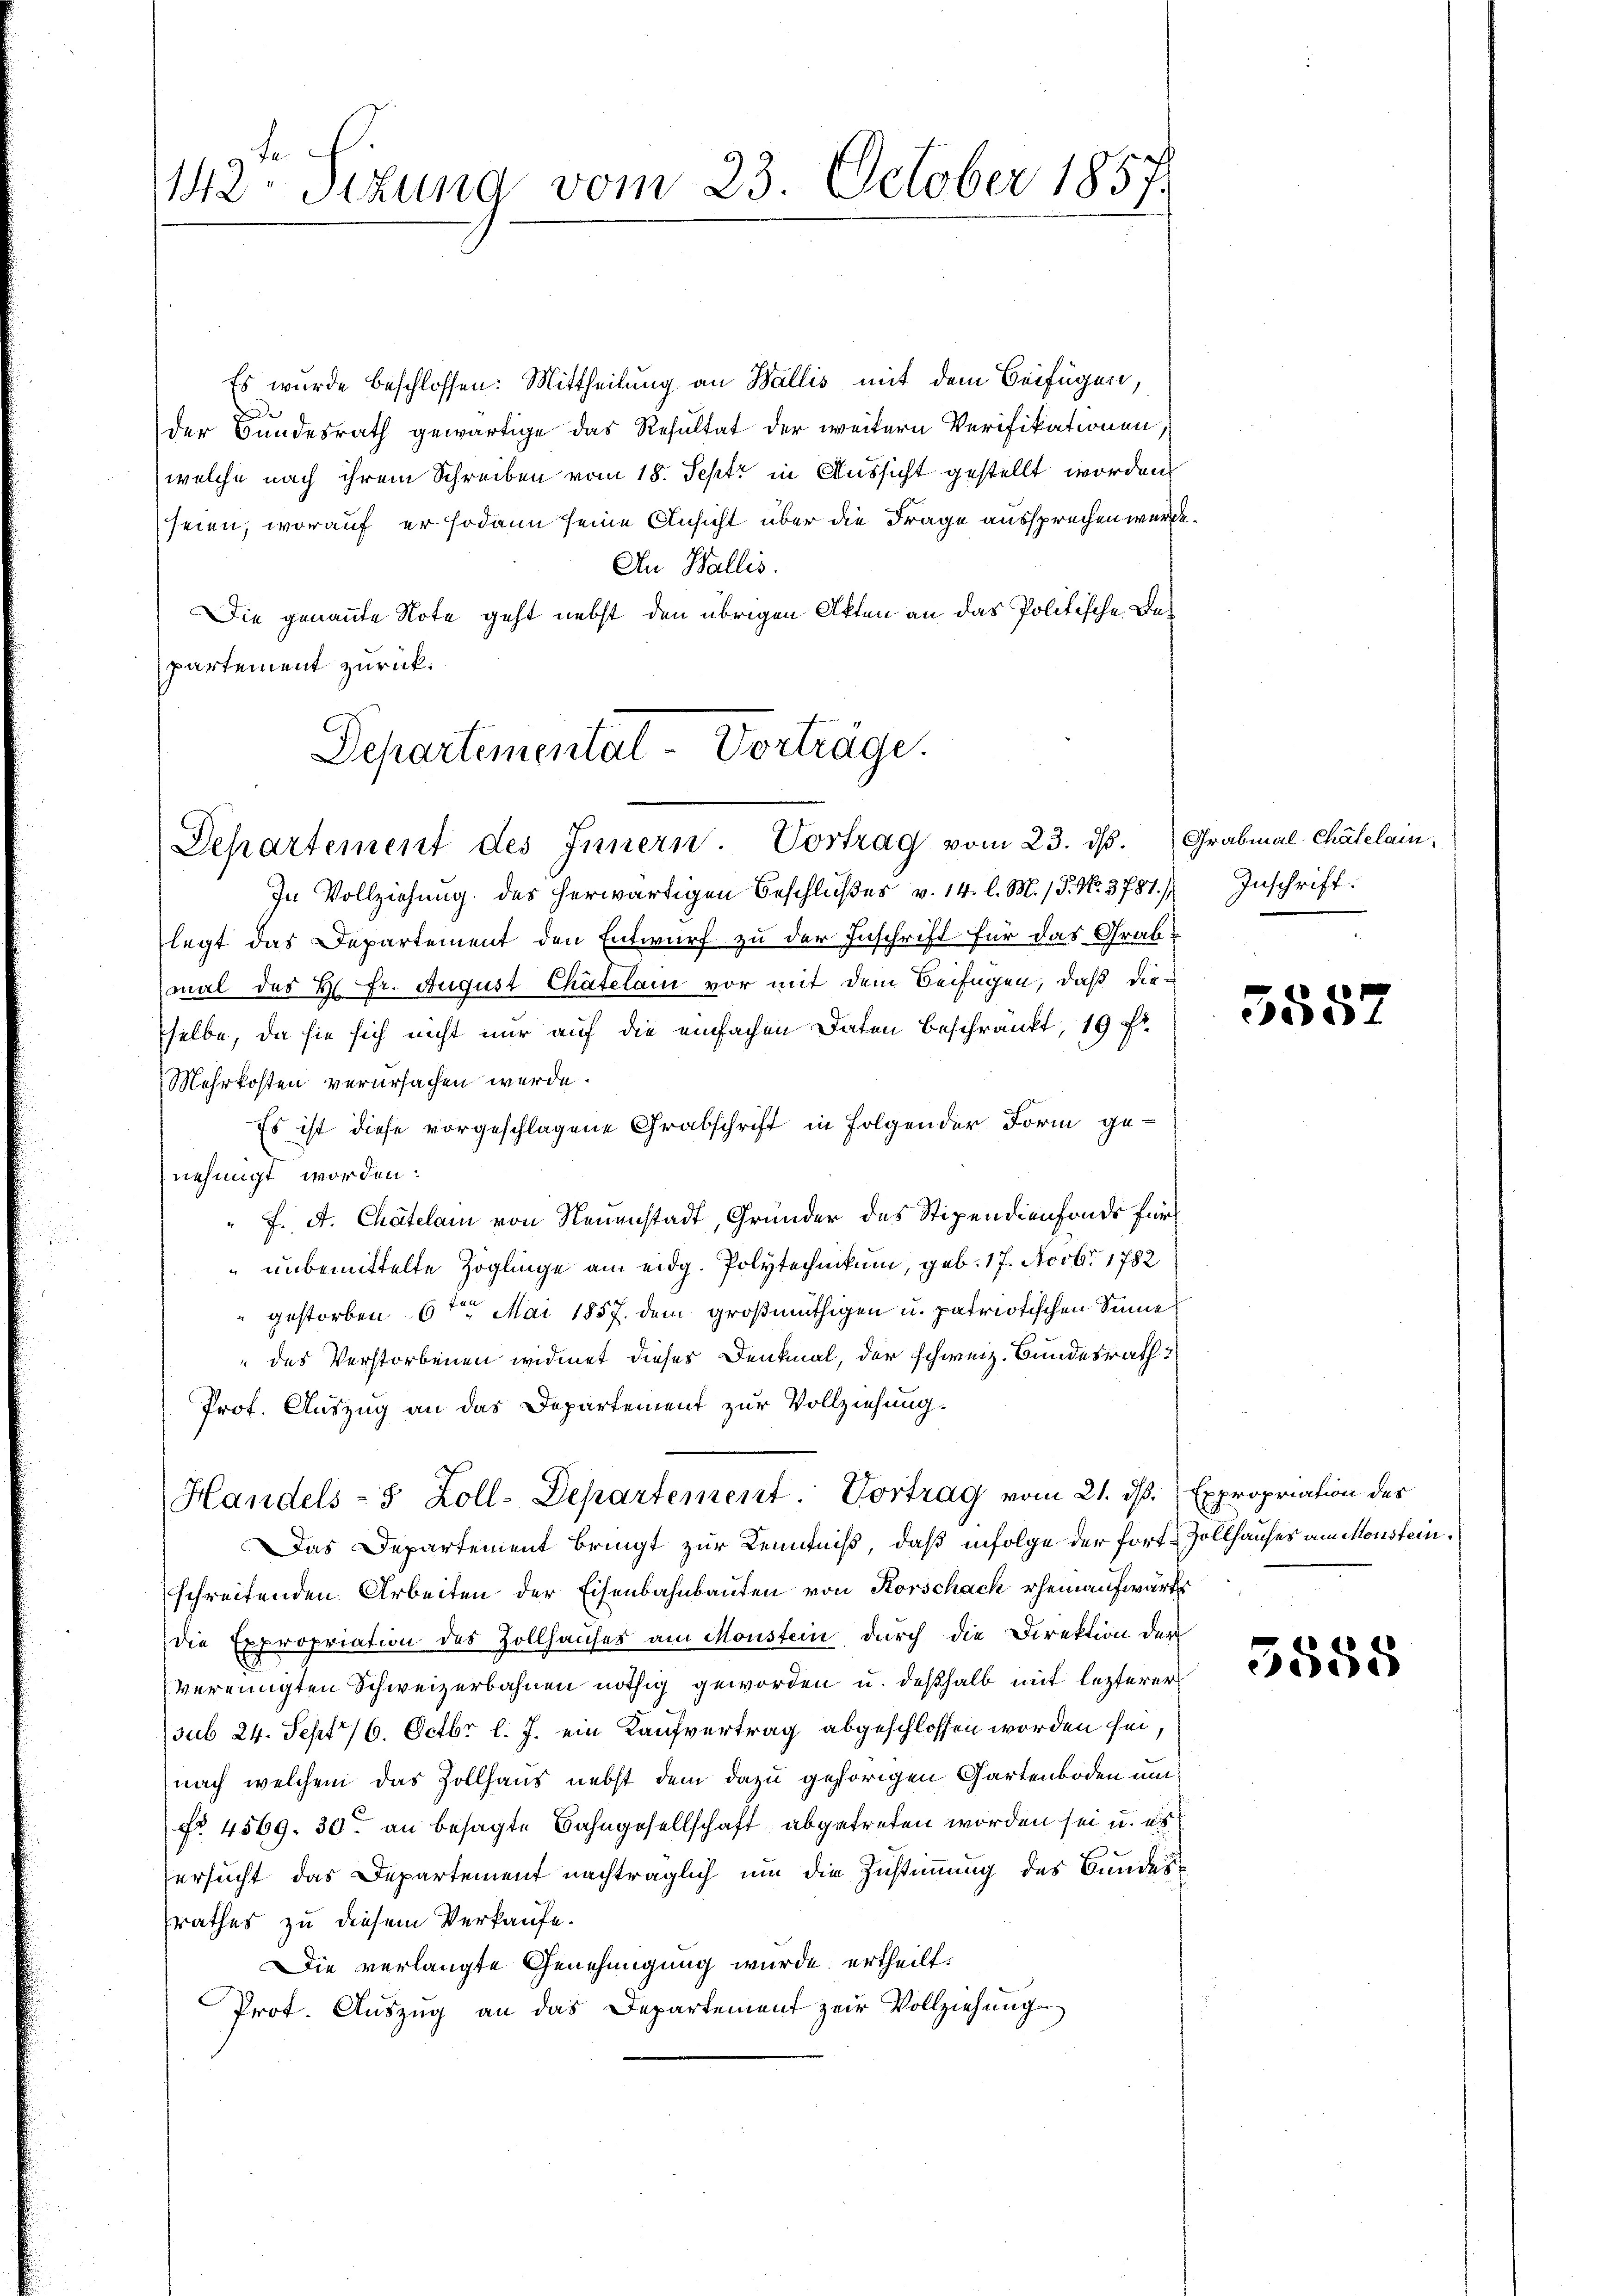
142. Situng vom 23. October 1857.

Es wurde beschlossen: Mittheilung an Wallis mit dem Beifügen,
d
der Bundesrath gewärtige das Resultat der weitern Verifikationen
welche nach ihrem Schreiben vom 18. Sept in Aussicht gestellt worden
seien, worauf er sodann seine Ansicht über die Frage aussprechen würde.
An Wallis.
Die genannte Note geht nebst den übrigen Akten an das Politische Departement zurück.
Departemental-Vorträge.

Departement des Innern. Vortrag vom 23. ds. Grabmal Chatelam

In Vollziehung des herwärtigen Beschlußes v. 14. l. M. P. No. 3787.)
legt das Departement den Entwurf zu der Inschrift für das Grabmal des H. Fr. August Chatelam vor mit dem Beifügen, daß dieselbe, da sie sich nicht nur auf die einfachen Daten beschränkt, 19 f.
Mehrkosten verursachen werde.
Es ist diese vorgeschlagene Grabschrift in Folgender Form genehmigt worden.
" F. A. Chatelam von Neuenstadt, Gründer des Stipendienfonds für
 unbemittelte Zöglinge am eidg. Polytechnikum, geb. 17. Novbr. 1782
gestorben 6ten Mai 1857. dem großmüthigen u. patriotischen Sinne
das Verstorbenen widmet dieses Denkmal, der schweiz. Bundesrath
Prof. Auszug an das Departement zur Vollziehung.
Das Departement bringt zur Kenntniß, daß infolge der fort-Zollhauses am Monstein
schreitenden Arbeiten der Eisenbahnbauten von Korschach erheinaufwärt
die Expropriation des Zollhauses am Monstein, durch die Direktion der
vereinigten Schweizerbahnen nöthig geworden u. deßhalb mit lezterer
sub 24. Sept 16. Octbr l. J. ein Kaufvertrag abgeschlossen worden sei,
nach welchem das Zollhaus nebst dem dazu gehörigen Gartenboden um
No. 4569. 30. an besagte Bahngesellschaft abgetreten worden sei u. es
ersucht das Departement nachträglich um die Zustimmung des Bundesrathes zu diesem Verkaufe.
Die verlangte Genehmigung wurde ertheilt.
Prot. Auszug an das Departement zur Vollziehung

Handels- 5 Zoll-Departement. Vortrag vom 21. dß. Expropriation des

Inschrift:

3557

3558